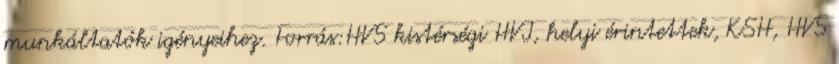
munkáltatók igényeihez. Forrás:HVS kistérségi HVI, helyi érintettek, KSH, HVS